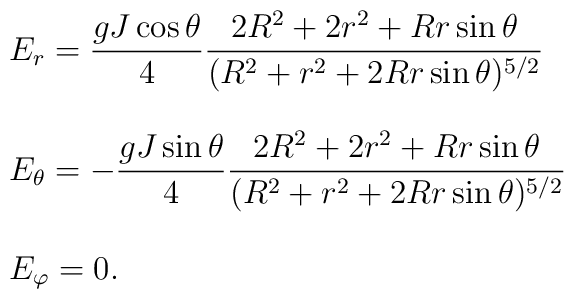
\begin{array}{l}E_r=\displaystyle\frac{gJ\cos\theta}{4}\frac{2R^2+2r^2+Rr\sin\theta}{(R^2+r^2+2Rr\sin\theta)^{5/2}}\\~~~\\E_\theta=-\displaystyle\frac{gJ\sin\theta}{4}\frac{2R^2+2r^2+Rr\sin\theta}{(R^2+r^2+2Rr\sin\theta)^{5/2}}\\~\\ E_\varphi=0 .\end{array}